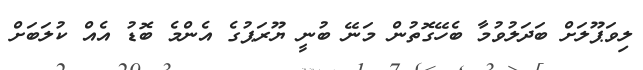
ލިވަޕޫލަށް ބަދަލުވުމާ ބެހޭގޮތުން މަނޭ ބުނީ ޔޫރަޕުގެ އެންމެ ބޮޑު އެއް ކުލަބަށް